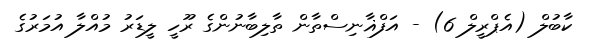
ކާބުލް (އެޕްރީލް 6) - އަފްޣާނިސްތާން ތާލިބާނުންގެ ރޫހީ ލީޑަރު މުއްލާ އުމަރުގެ